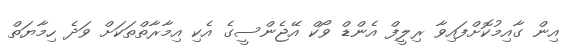
އިން ގާއިމުކޮށްފައިވާ ރިލީފް އެންޑް ވޯކް އޭޖެންސީގެ އެކި އިމާރާތްތަކަށް ވަދެ ހިމާޔަތް